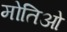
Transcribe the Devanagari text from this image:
मोतिओ